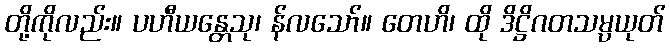
တို့ကိုလည်း။ ပဟီယန္တေသု၊ န်လသော်။ တေဟိ၊ ထို ဒိဋ္ဌိဂတသမ္ပယုတ်